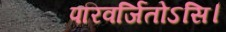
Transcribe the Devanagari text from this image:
परिवर्जितोऽसि।